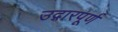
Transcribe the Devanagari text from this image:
उद्गारपूर्ण